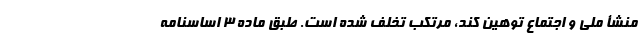
منشأ ملی و اجتماع توهین کند، مرتکب تخلف شده است. طبق ماده ۳ اساسنامه